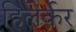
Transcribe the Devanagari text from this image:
हिलेर्कर